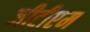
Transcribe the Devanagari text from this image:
जीटीएम